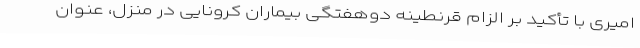
امیری با تأکید بر الزام قرنطینه دوهفتگی بیماران کرونایی در منزل، عنوان